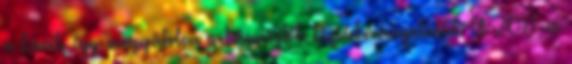
a kávét, így meggátolva a termesztők kizsákmányolását. A 2011-es